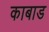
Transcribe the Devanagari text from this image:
काबाड